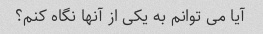
آیا می توانم به یکی از آنها نگاه کنم؟